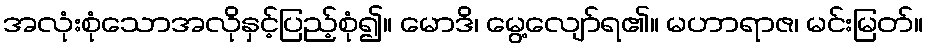
အလုံးစုံသောအလိုနှင့်ပြည့်စုံ၍။ မောဒိ၊ မွေ့လျော်ရ၏။ မဟာရာဇ၊ မင်းမြတ်။